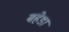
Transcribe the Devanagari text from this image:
बहेडा